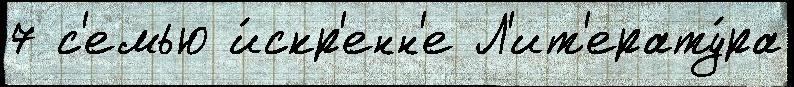
7 с'емью и́скр'енн'е Л'ит'ерату́ра